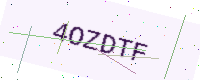
Text: 4OZDTF